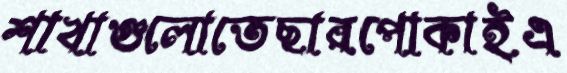
শাখাগুলোতেছারপোকাইএ